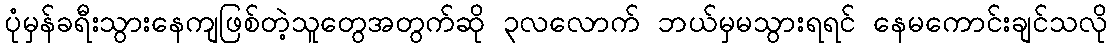
ပုံမှန်ခရီးသွားနေကျဖြစ်တဲ့သူတွေအတွက်ဆို ၃လလောက် ဘယ်မှမသွားရရင် နေမကောင်းချင်သလို